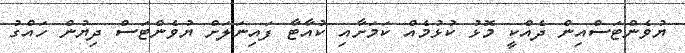
ޔުވެންޓަސްއިން ދެއްކީ މޮޅު ކުޅުމެއް ކަމަށާއި ކުއާޓާ ފައިނަލަށް ޔުވެންޓަސް ދިޔުން ހައްގު